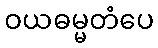
ဝယဓမ္မတံပေ